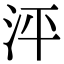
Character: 泙